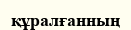
құралғанның